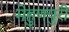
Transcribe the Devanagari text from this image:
मेहुणपुरी